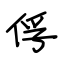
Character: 俘